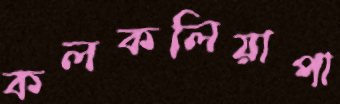
কলকলিয়াপা